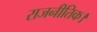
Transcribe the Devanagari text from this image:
राजनीतिक।